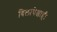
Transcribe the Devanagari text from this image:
बिलापेक्षाही